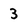
Character: 3